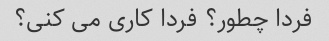
فردا چطور؟ فردا کاری می کنی؟